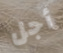
أجل